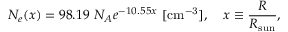
N _ { e } ( x ) = 9 8 . 1 9 ~ N _ { A } e ^ { - 1 0 . 5 5 x } ~ [ { \mathrm { c m ^ { - 3 } } } ] , \quad x \equiv \frac { R } { R _ { \mathrm { s u n } } } ,